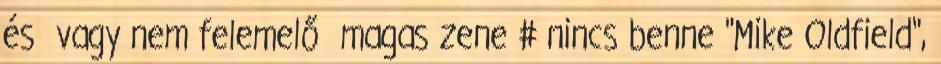
és vagy nem felemelő magas zene # nincs benne "Mike Oldfield",